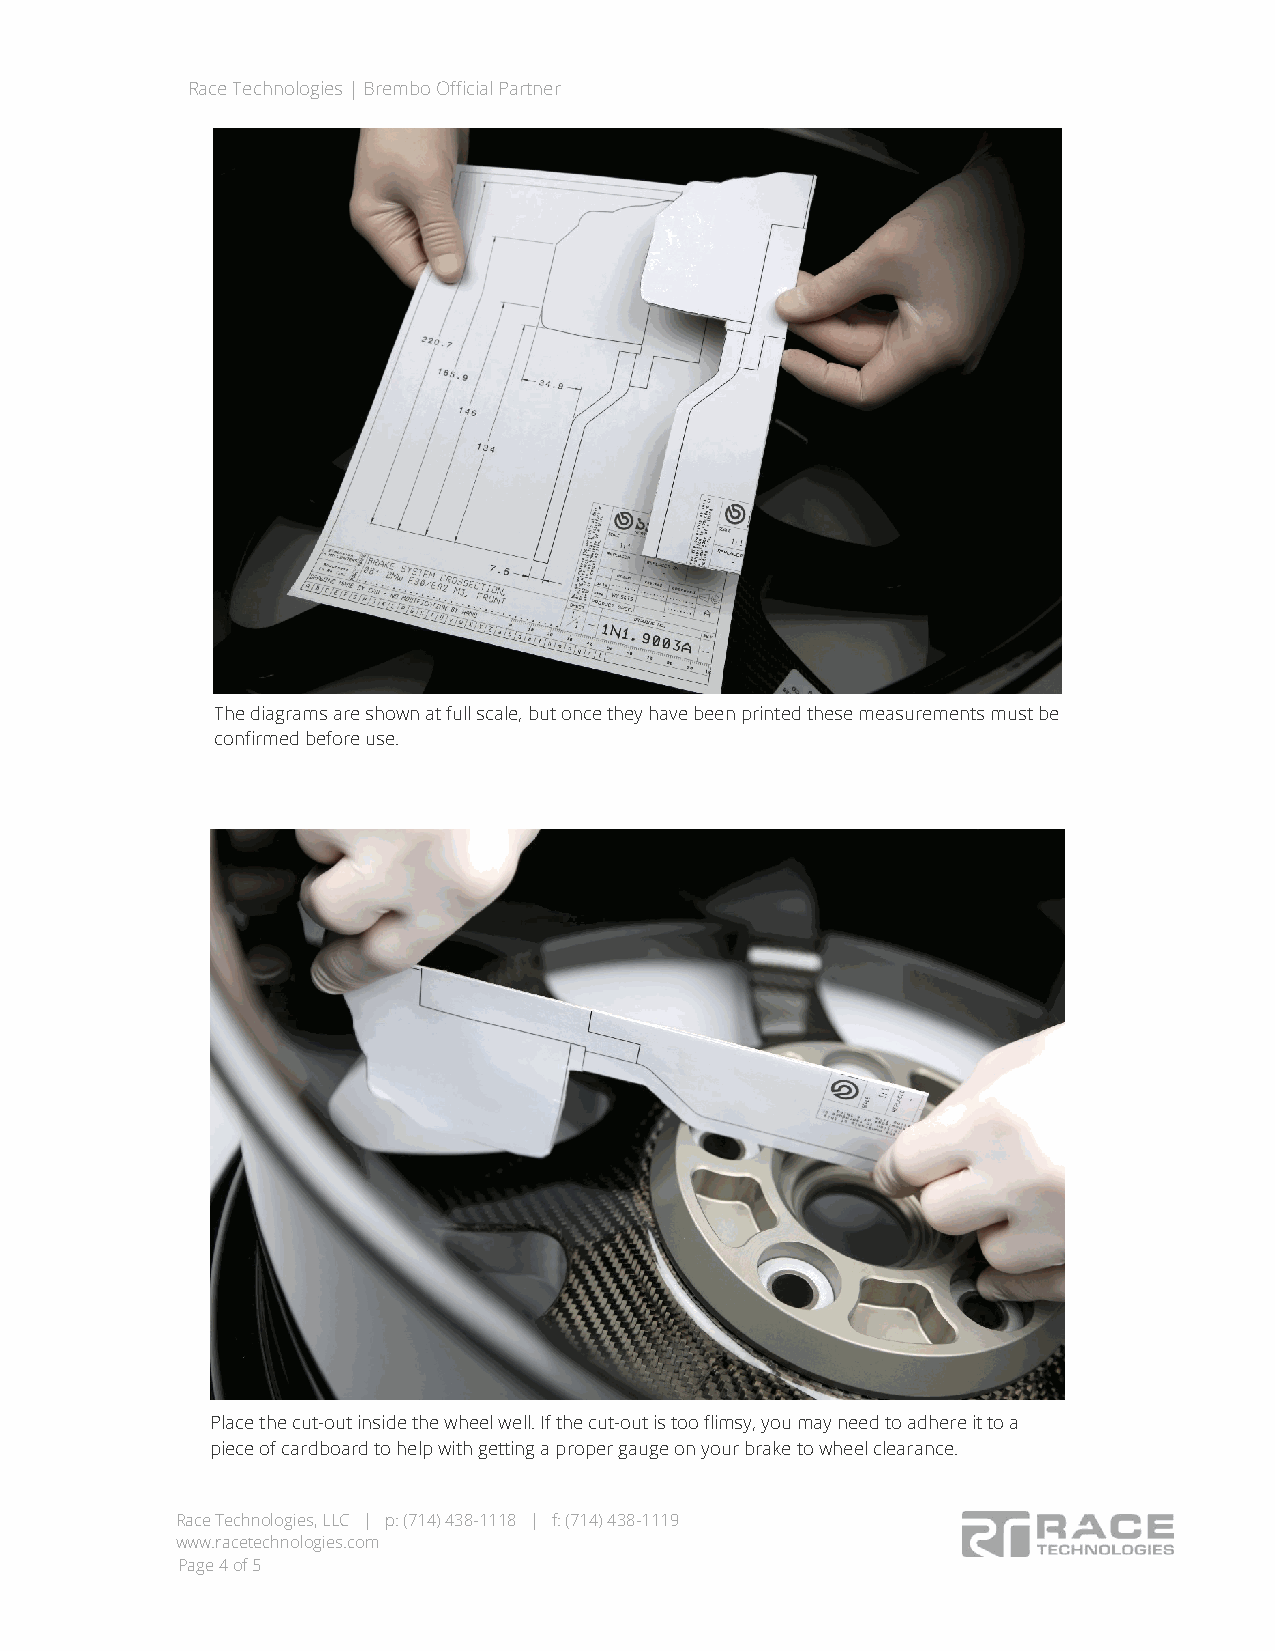
Race Technologies | Brembo Official Partner
 The diagrams are shown at full scale, but once they have been printed these measurements must be
 confirmed before use.
 Place the cut-out inside the wheel well. If the cut-out is too flimsy, you may need to adhere it to a
 piece of cardboard to help with getting a proper gauge on your brake to wheel clearance.
 Race Technologies, LLC | p: (714) 438-1118 | f: (714) 438-1119
 www.racetechnologies.com
 Page 4 of 5